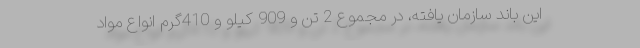
این باند سازمان یافته، در مجموع 2 تن و 909 کیلو و 410گرم انواع مواد